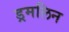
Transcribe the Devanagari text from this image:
ड्रमलिन